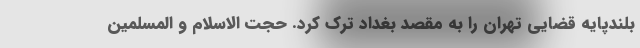
بلندپایه قضایی تهران را به مقصد بغداد ترک کرد. حجت الاسلام و المسلمین